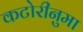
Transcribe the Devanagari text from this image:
कटोरीनुमा